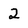
Character: 2